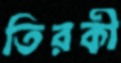
তিরকী